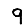
Digit: 9